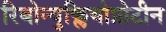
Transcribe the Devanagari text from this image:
रिबोन्युक्लियोप्रोटीन